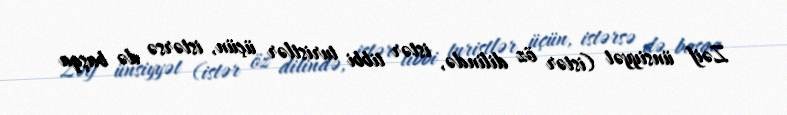
Zəif ünsiyyət (istər öz dilində, istər tibbi turistlər üçün, istərsə də başqa